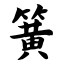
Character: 簧